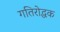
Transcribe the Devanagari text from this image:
गतिरोद्धक